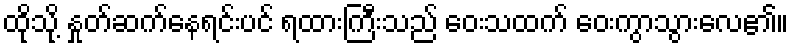
ထိုသို့ နှုတ်ဆက်နေရင်းပင် ရထားကြီးသည် ဝေးသထက် ဝေးကွာသွားလေ၏။